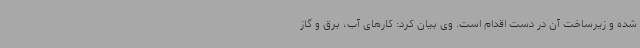
شده و زیرساخت آن در دست اقدام است. وی بیان کرد: کارهای آب، برق و گاز